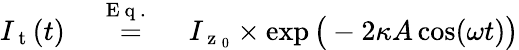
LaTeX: \begin{array}{rlr}{I_{\mathrm{~t~}}(t)}&{{}\stackrel{\mathrm{~E~q~.~~~}}{=}}&{I_{\mathrm{~z~}_{0}}\times\exp\big(-2\kappa A\cos(\omega t)\big)}\end{array}